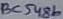
Text: BC548b